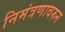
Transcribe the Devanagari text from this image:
निमंत्रणावरुन